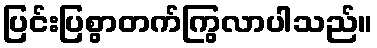
ပြင်းပြစွာတက်ကြွလာပါသည်။